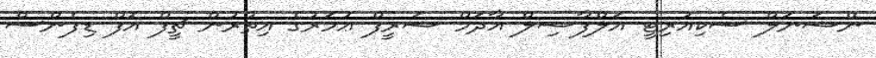
ނޭޝަނަލް ސެކިއުރިޓީ އަލްފާޟިލް އާދަމް ޝަރީފް ޢުމަރުގެ އިތުރުން ޗީފް އޮފް ޑިފެންސް